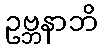
ဥဗ္ဘနာဘိ